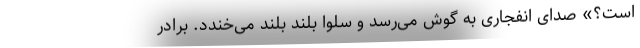
است؟» صدای انفجاری به گوش می‌رسد و سِلوا بلند بلند می‌خندد. برادر